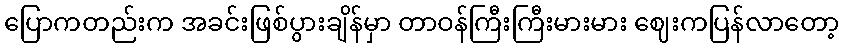
ပြောကတည်းက အခင်းဖြစ်ပွားချိန်မှာ တာဝန်ကြီးကြီးမားမား ဈေးကပြန်လာတော့